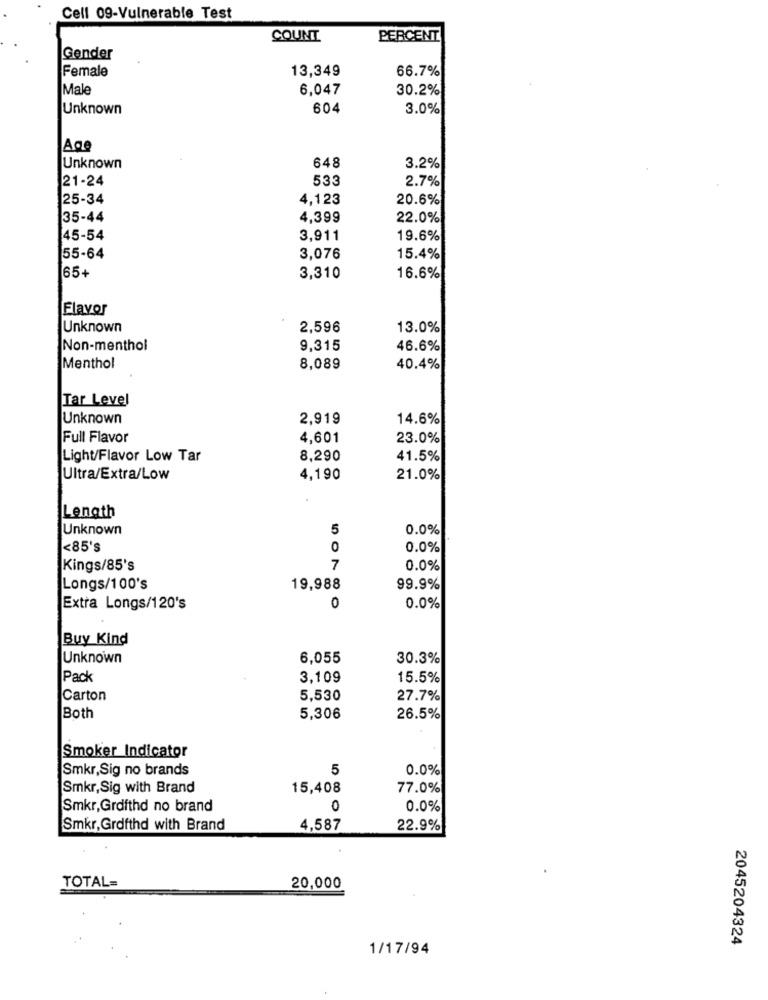
Cell 09-Vulnerable Test
COUNT
PERCENT
Gender
Female
13,349
66.7%
Male
6,047
30.2%
Unknown
604
3.0%
Age
Unknown
648
3.2%
21-24
533
2.7%
25-34
4,123
20.6%
35-44
4,399
22.0%
45-54
3,911
19.6%
55-64
3,076
15.4%
65+
3,310
16.6%
Flavor
Unknown
2,596
13.0%
Non-menthol
9,315
46.6%
Menthol
8,089
40.4%
Tar Level
Unknown
2,919
14.6%
Full Flavor
4,601
23.0%
Light/Flavor Low Tar
8,290
41.5%
Ultra/Extra/Low
4,190
21.0%
Length
Unknown
5
0.0%
<85's
0
0.0%
Kings/85's
7
0.0%
Longs/100's
19,988
99.9%
0
Extra Longs/120's
0.0%
Buy Kind
Unknown
6,055
30.3%
Pack
3.109
15.5%
Carton
5,530
27.7%
Both
5,306
26.5%
Smoker Indicator
Smkr,Sig no brands
5
0.0%
Smkr,Sig with Brand
15,408
77.0%
Smkr,Grdfthd no brand
0
0.0%
Smkr, Grofthd with Brand
4,587
22.9%
TOTAL=
20,000
2045204324
1/17/94